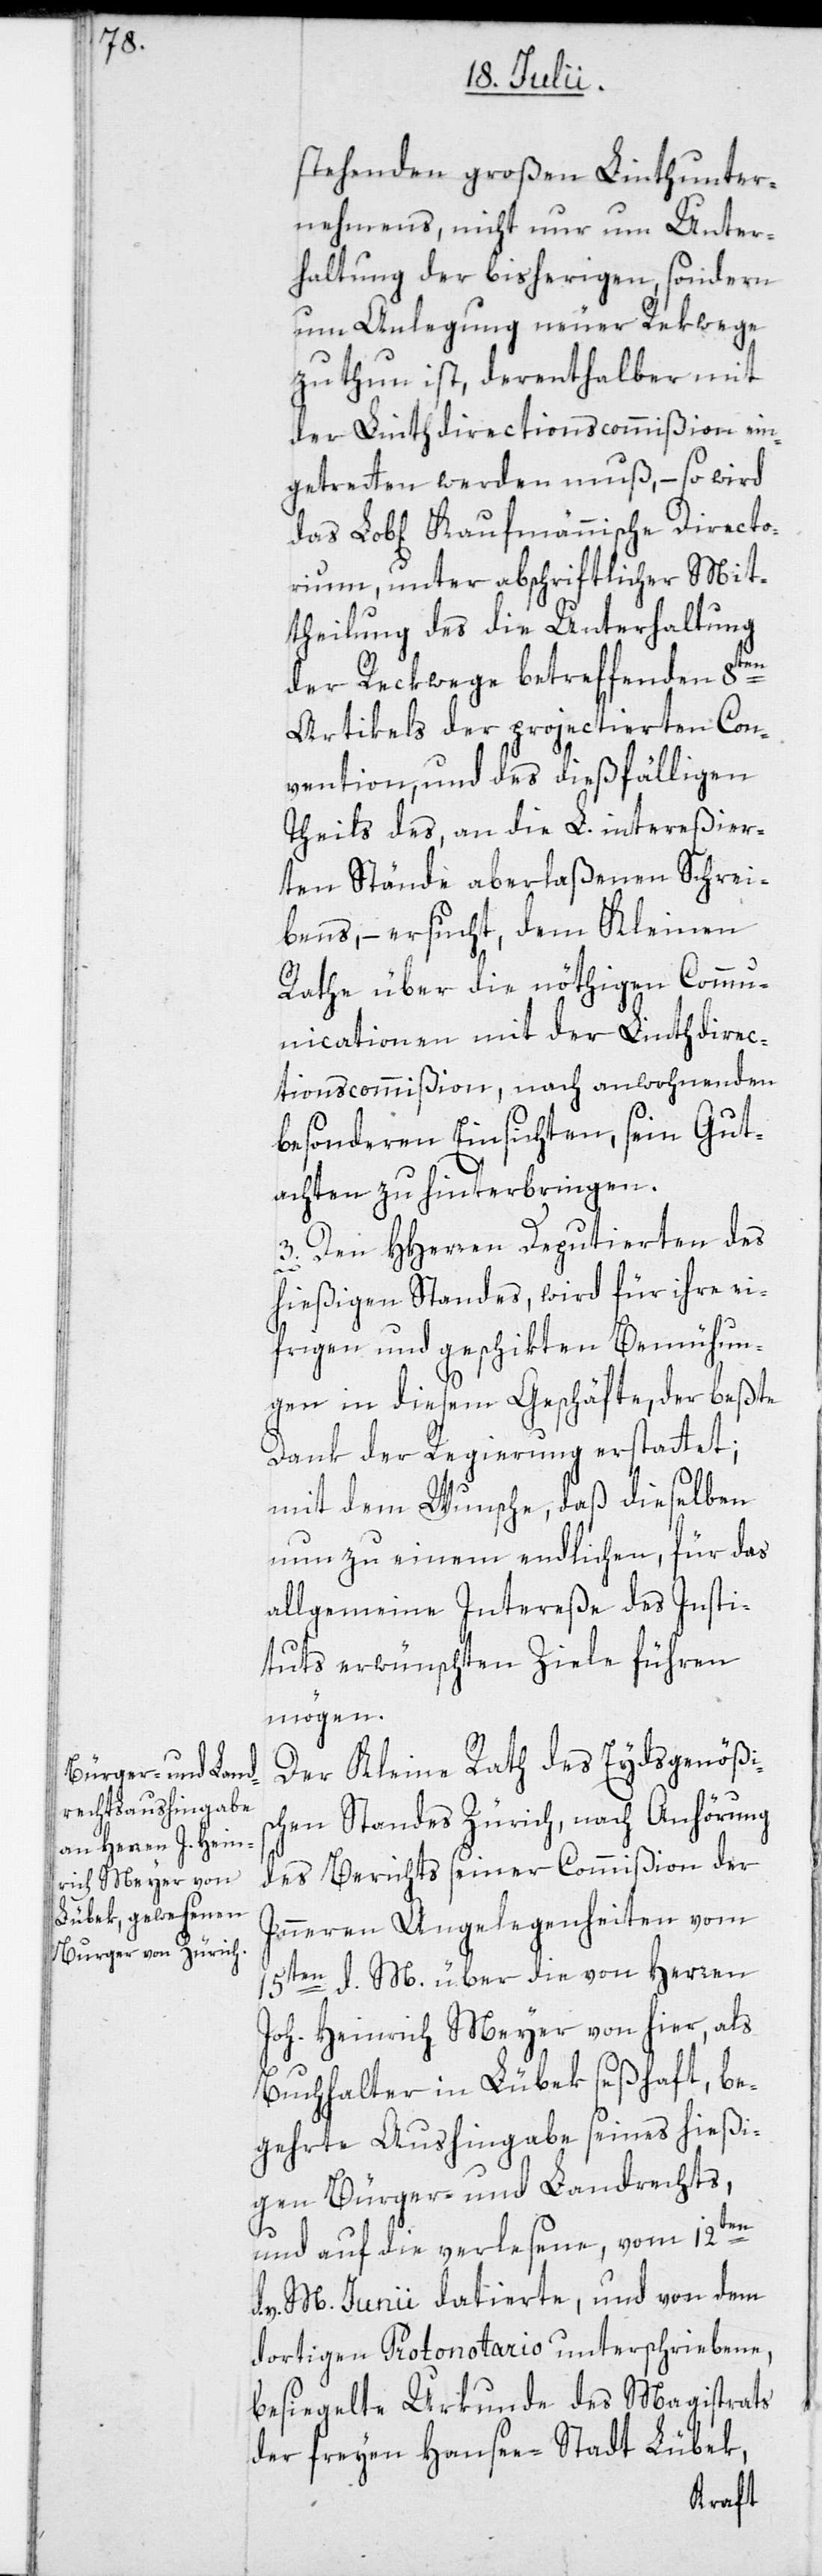
stehenden großen Linthunter¬
nehmens, nicht nur um Unter¬
haltung der bisherigen, sondern
um Anlegung neuer Rekwege
zu thun ist, derenthalber mit
der Linthdirectionscommißion ein¬
getretten werden muß, – so wird
das Lob[liche] Kaufmännische Directo¬
rium, unter abschriftlicher Mit¬
theilung des die Unterhaltung
der Reckwege betreffenden 8ten
Artikels der projectierten Con¬
vention, und des dießfälligen
Theils des, an die L. intereßier¬
ten Stände aberlaßenen Schrei¬
bens, – ersucht, dem Kleinen
Rathe über die nöthigen Commu¬
nicationen mit der Linthdirec¬
tionscommißion, nach anwohnenden
besonderen Einsichten, sein Gut¬
achten zu hinterbringen.
3. Den HHerren Deputierten des
hießigen Standes, wird für ihre ei¬
frigen und geschikten Bemühun¬
gen in diesem Geschäfte, der beßte
Dank der Regierung erstattet;
mit dem Wunsche, daß dieselben
nun zu einem endlichen, für das
allgemeine Intereße des Insti¬
tuts erwünschten Ziele führen
mögen.
Der Kleine Rath des Eydsgenößis¬
chen Standes Zürich, nach Anhörung
des Berichts seiner Commißion der
Inneren Angelegenheiten vom
15ten d. M. über die von Herren
Joh. Heinrich Meyer von hier, als
Buchhalter in Lübek seßhaft, be¬
gehrte Aushingabe seines hießi¬
gen Bürger- und Landrechts,
und auf die verlesene, vom 12ten
v. M. Junii datierte, und von dem
dortigen Protonotario unterschriebene,
besiegelte Urkunde des Magistrats
der freyen Hansee-Stadt Lübek,